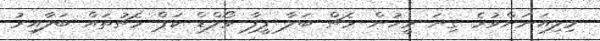
މިލިއަނަށްވުރެ ގިނަ މީހުން މެޗް ބަލާ ފީފާ ވޯލްޑް ކަޕް މެޗުތައް ބަލާއިރު